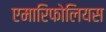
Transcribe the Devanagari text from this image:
एमारिफोलियस